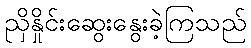
ညှိနှိုင်းဆွေးနွေးခဲ့ကြသည်